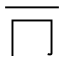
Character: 𰀃